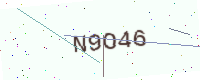
Text: N9O46